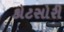
કોટસોરી